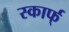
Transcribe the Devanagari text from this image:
स्कार्फ्